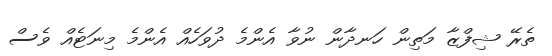
ތެރޭ ޝިފްޒާ މަތިން ހަނދާން ނުވާ އެންމެ ދުވަހެއް އެންމެ މިނަޓެއް ވެސް